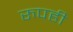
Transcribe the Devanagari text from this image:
रुपही